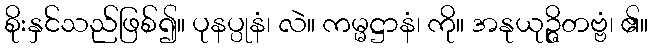
စိုးနှင်သည်ဖြစ်၍။ ပုနပ္ပုနံ၊ လဲ။ ကမ္မဋ္ဌာနံ၊ ကို။ အနုယုဉ္ဇိတဗ္ဗံ၊ ၏။